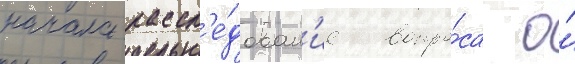
начала рассл'е́дован'ие вопро́са о́